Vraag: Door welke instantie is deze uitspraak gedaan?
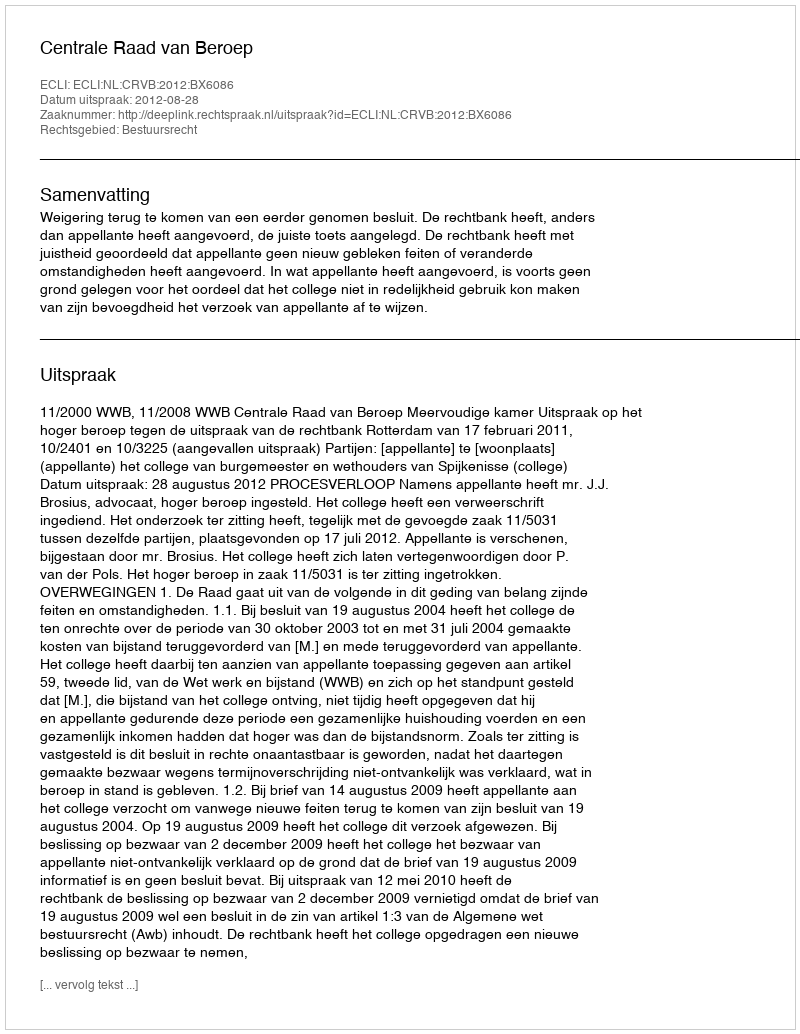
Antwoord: Centrale Raad van Beroep